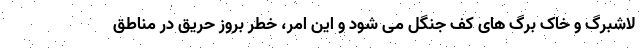
لاشبرگ و خاک برگ های کف جنگل می شود و این امر، خطر بروز حریق در مناطق